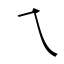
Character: ㇝